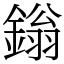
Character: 鎓